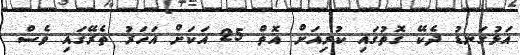
އަޅުގަނޑު ދެކޭ ގޮތުގައި ކުރިއަށް އޮތް 25 އަކަށް އަހަރު ތެރޭގައި ވެސް